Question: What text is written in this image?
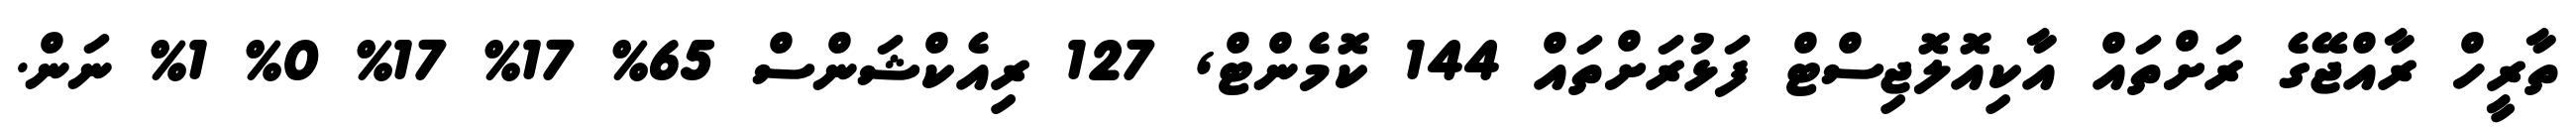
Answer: ތާރީހް ރާއްޖޭގެ ރަށްތައް އާކިއޮލޮޖިސްޓް ފަޅުރަށްތައް 144 ކޮމެންޓް, 127 ރިއެކްޝަންސް 65% 17% 17% 0% 1% ނަން.